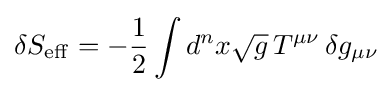
\delta S_{\rm {eff}}=-{\frac {1}{2}}\int d^{n}x{\sqrt {g}}\,T^{\mu \nu }\,\delta g_{\mu \nu }